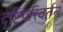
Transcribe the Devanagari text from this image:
दृष्टिपरिवर्तन